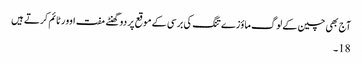
آج بھی چین کے لوگ ماؤزے تنگ کی برسی کے موقع پر دو گھنٹے مفت اوور ٹائم کرتے ہیں
18۔